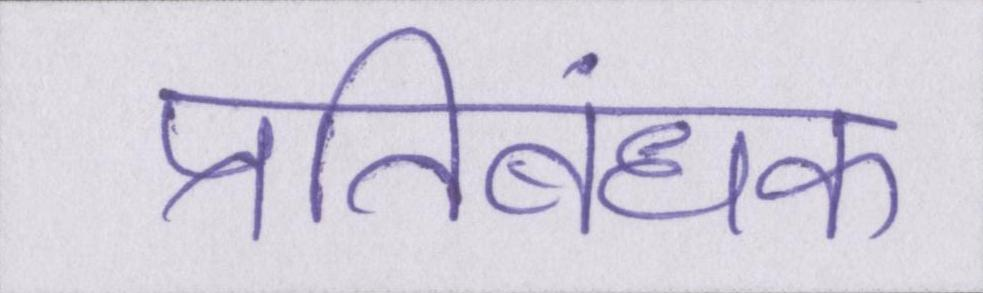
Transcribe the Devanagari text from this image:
प्रतिबंधक